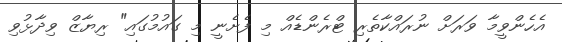
އެހެންވީމާ ވަރަށް ނުރައްކާތެރި ޓްރެންޑެއް މި ފެށެނީ މި ގައުމުގައި" ރިޔާޒް ވިދާޅުވި